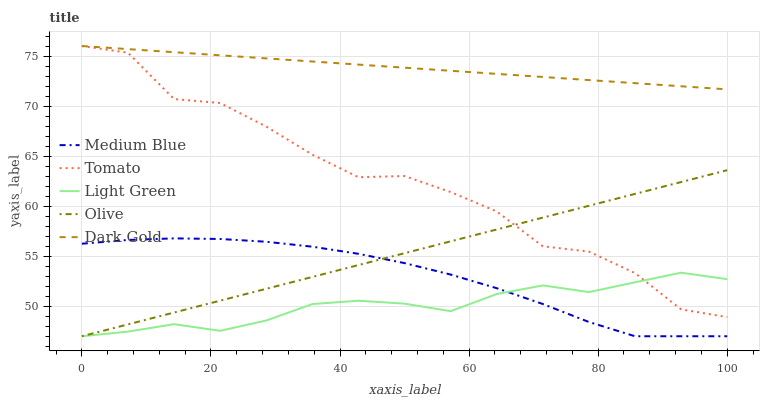
| xaxis_label | Medium Blue | Tomato | Light Green | Olive | Dark Gold |
 | --- | --- | --- | --- | --- | --- |
 | 0 | 56.2 | 76 | 47 | 47 | 76 |
 | 7.14 | 56.6 | 75.3 | 47.5 | 48.2 | 75.7 |
 | 14.3 | 56.8 | 70.7 | 48.2 | 49.4 | 75.4 |
 | 21.4 | 56.7 | 70.3 | 47.5 | 50.6 | 75.1 |
 | 28.6 | 56.4 | 68 | 48.6 | 51.7 | 74.8 |
 | 35.7 | 55.9 | 65.1 | 50.2 | 52.9 | 74.5 |
 | 42.9 | 55.2 | 62.9 | 50.6 | 54.1 | 74.1 |
 | 50 | 54.3 | 63 | 50.3 | 55.3 | 73.8 |
 | 57.1 | 53.2 | 61.4 | 49.5 | 56.5 | 73.5 |
 | 64.3 | 51.8 | 59.5 | 51.2 | 57.7 | 73.2 |
 | 71.4 | 50.2 | 56 | 52.1 | 58.9 | 72.9 |
 | 78.6 | 48.4 | 55.5 | 51.4 | 60 | 72.6 |
 | 85.7 | 47 | 53.3 | 52.4 | 61.2 | 72.3 |
 | 92.9 | 47 | 49.7 | 53.3 | 62.4 | 72 |
 | 100 | 47 | 48.9 | 52.7 | 63.6 | 71.7 |